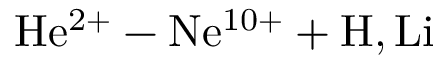
\mathrm { H e ^ { 2 + } - N e ^ { 1 0 + } + H , L i }